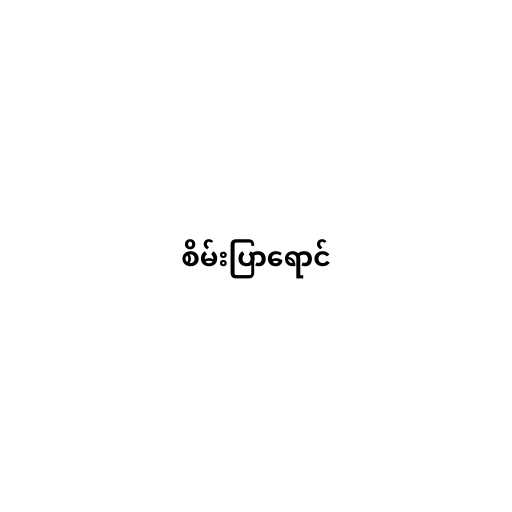
စိမ်းပြာရောင်